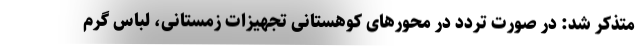
متذکر شد: در صورت تردد در محورهای کوهستانی تجهیزات زمستانی، لباس گرم